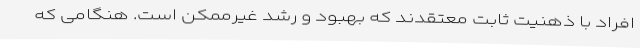
افراد با ذهنیت ثابت معتقدند که بهبود و رشد غیرممکن است. هنگامی که